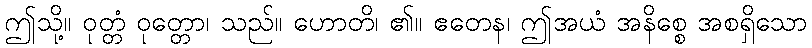
ဤသို့။ ဝုတ္တံ ဝုတ္တော၊ သည်။ ဟောတိ၊ ၏။ ဧတေန၊ ဤအယံ အနိစ္စေ အစရှိသော